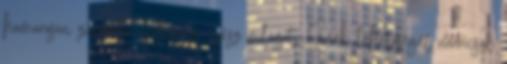
hamarosan zűrzavar uralná az egész világot. Ennek lehetőségét nemcsak